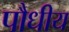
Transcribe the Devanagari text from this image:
पौधीय